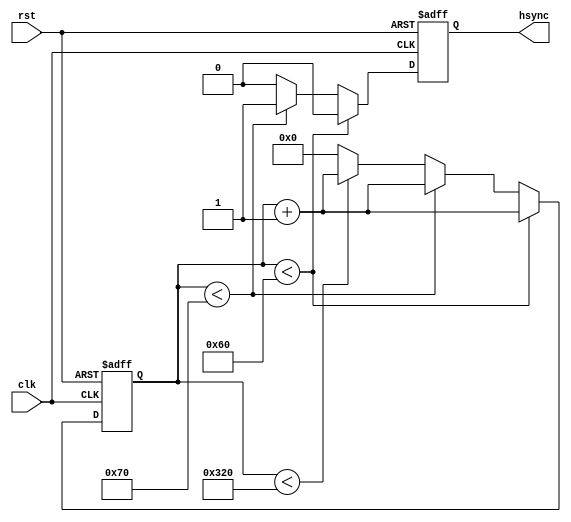
module h_sync(
  input clk,
  input rst,
  output reg hsync
);

reg [11:0] count;

always @(posedge clk or posedge rst) begin
  if (rst) begin
    count <= 12'd0;
    hsync <= 1'b0;
  end else begin
    if (count < 12'd96) begin
      count <= count + 1;
      hsync <= 1'b0;
    end else if (count < 12'd112) begin
      count <= count + 1;
      hsync <= 1'b1;
    end else if (count < 12'd800) begin
      count <= count + 1;
      hsync <= 1'b0;
    end else begin
      count <= 12'd0;
      hsync <= 1'b0;
    end
  end
end

endmodule